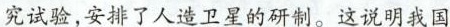
究试验，安排了人造卫星的研制。这说明我国